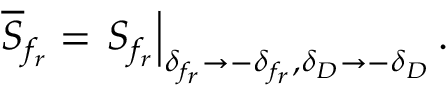
\overline { { { S } } } _ { f _ { r } } = \left. S _ { f _ { r } } \right| _ { \delta _ { f _ { r } } \to - \delta _ { f _ { r } } , \delta _ { D } \to - \delta _ { D } } .